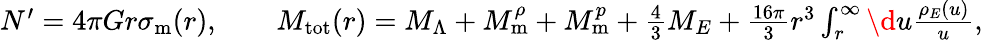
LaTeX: \begin{array}{r}{N^{\prime}=4\pi Gr\sigma_{\mathrm{m}}(r),\qquad M_{\mathrm{tot}}(r)=M_{\Lambda}+M_{\mathrm{m}}^{\rho}+M_{\mathrm{m}}^{p}+\frac{4}{3}M_{E}+\frac{16\pi}{3}r^{3}\int_{r}^{\infty}\d u\frac{\rho_{E}(u)}{u},}\end{array}